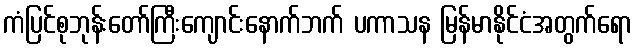
ကံပြင်စုဘုန်းတော်ကြီးကျောင်းနောက်ဘက် ပကာသန မြန်မာနိုင်ငံအတွက်ရော